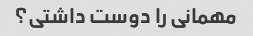
مهمانی را دوست داشتی؟